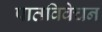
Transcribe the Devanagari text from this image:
पातविवेचन